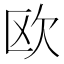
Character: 欧